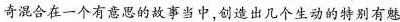
奇混合在一个有意思的故事当中,创造出几个生动的特别有魅